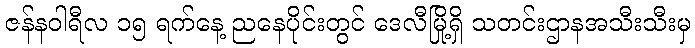
ဇန်နဝါရီလ ၁၅ ရက်နေ့ ညနေပိုင်းတွင် ဒေလီမြို့ရှိ သတင်းဌာနအသီးသီးမှ